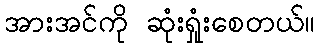
အားအင်ကို ဆုံးရှုံးစေတယ်။